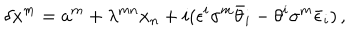
LaTeX: \delta x ^ { m } = a ^ { m } + \lambda ^ { m n } x _ { n } + i ( \epsilon ^ { i } \sigma ^ { m } \bar { \theta } _ { i } - \theta ^ { i } \sigma ^ { m } \bar { \epsilon } _ { i } ) \, ,